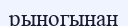
рыногынан